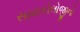
સાયકોલોજીનો